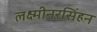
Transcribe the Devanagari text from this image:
लक्ष्मीनरसिंहन